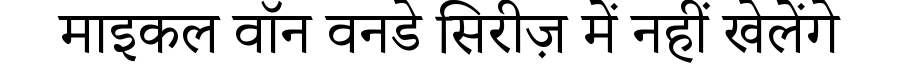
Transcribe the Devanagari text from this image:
माइकल वॉन वनडे सिरीज़ में नहीं खेलेंगे